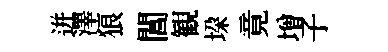
迸澤狼閶観垜竟増子